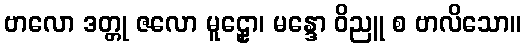
ဗာလော ဒတ္တု ဇလော မူဠှော၊ မန္ဒော ဝိညူ စ ဗာလိသော။